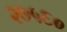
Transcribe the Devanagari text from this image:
२७५६०